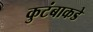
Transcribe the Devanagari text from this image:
कुटंबाकडे